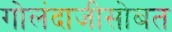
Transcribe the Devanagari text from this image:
गोलंदाजीसोबत